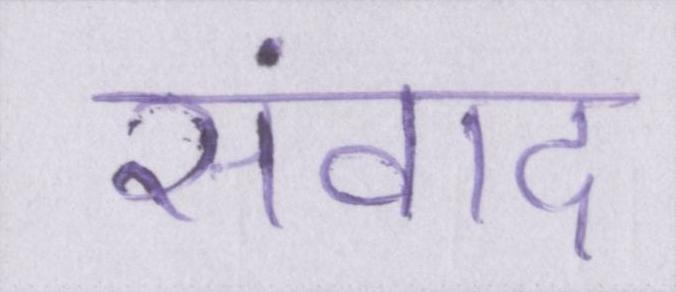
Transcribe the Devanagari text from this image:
संवाद